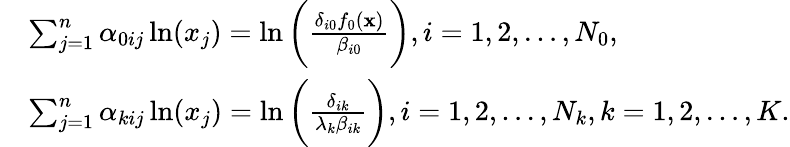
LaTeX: \begin{array}{rl}&{\sum_{j=1}^{n}{\alpha_{0ij}}\ln(x_{j})=\ln\bigg(\frac{{\delta_{i0}}f_{0}(\textbf{x})}{\beta_{i0}}\bigg),i=1,2,\ldots,N_{0},}\\ &{\sum_{j=1}^{n}{\alpha_{kij}}\ln(x_{j})=\ln\bigg(\frac{\delta_{ik}}{\lambda_{k}\beta_{ik}}\bigg),i=1,2,\ldots,N_{k},k=1,2,\ldots,K.}\end{array}